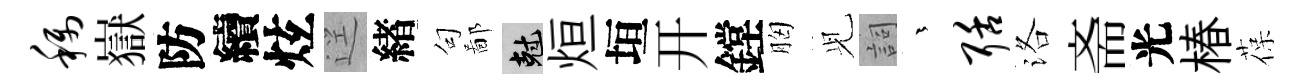
称嶽防續炫逕緖句鄙剋烜垣开鏜胸𫤗詞茫聒洛斋光椿葆